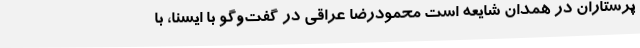
پرستاران در همدان شایعه است محمودرضا عراقی در گفت‌وگو با ایسنا، با